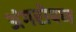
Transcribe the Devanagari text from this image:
अंगरोपण